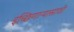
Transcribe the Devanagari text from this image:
इच्छिणाऱ्यासाठी